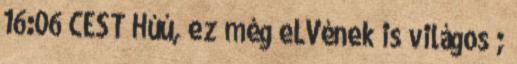
16:06 CEST Húú, ez még eLVének is világos ;